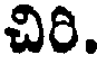
చిరి.